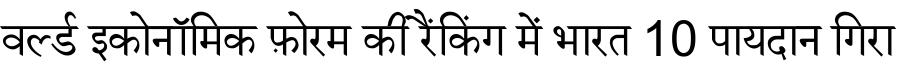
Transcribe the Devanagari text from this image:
वर्ल्ड इकोनॉमिक फ़ोरम की रैंकिंग में भारत 10 पायदान गिरा